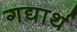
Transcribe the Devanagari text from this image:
गद्यार्थ